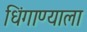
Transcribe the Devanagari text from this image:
धिंगाण्याला